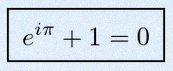
e^{i\pi}+1=0